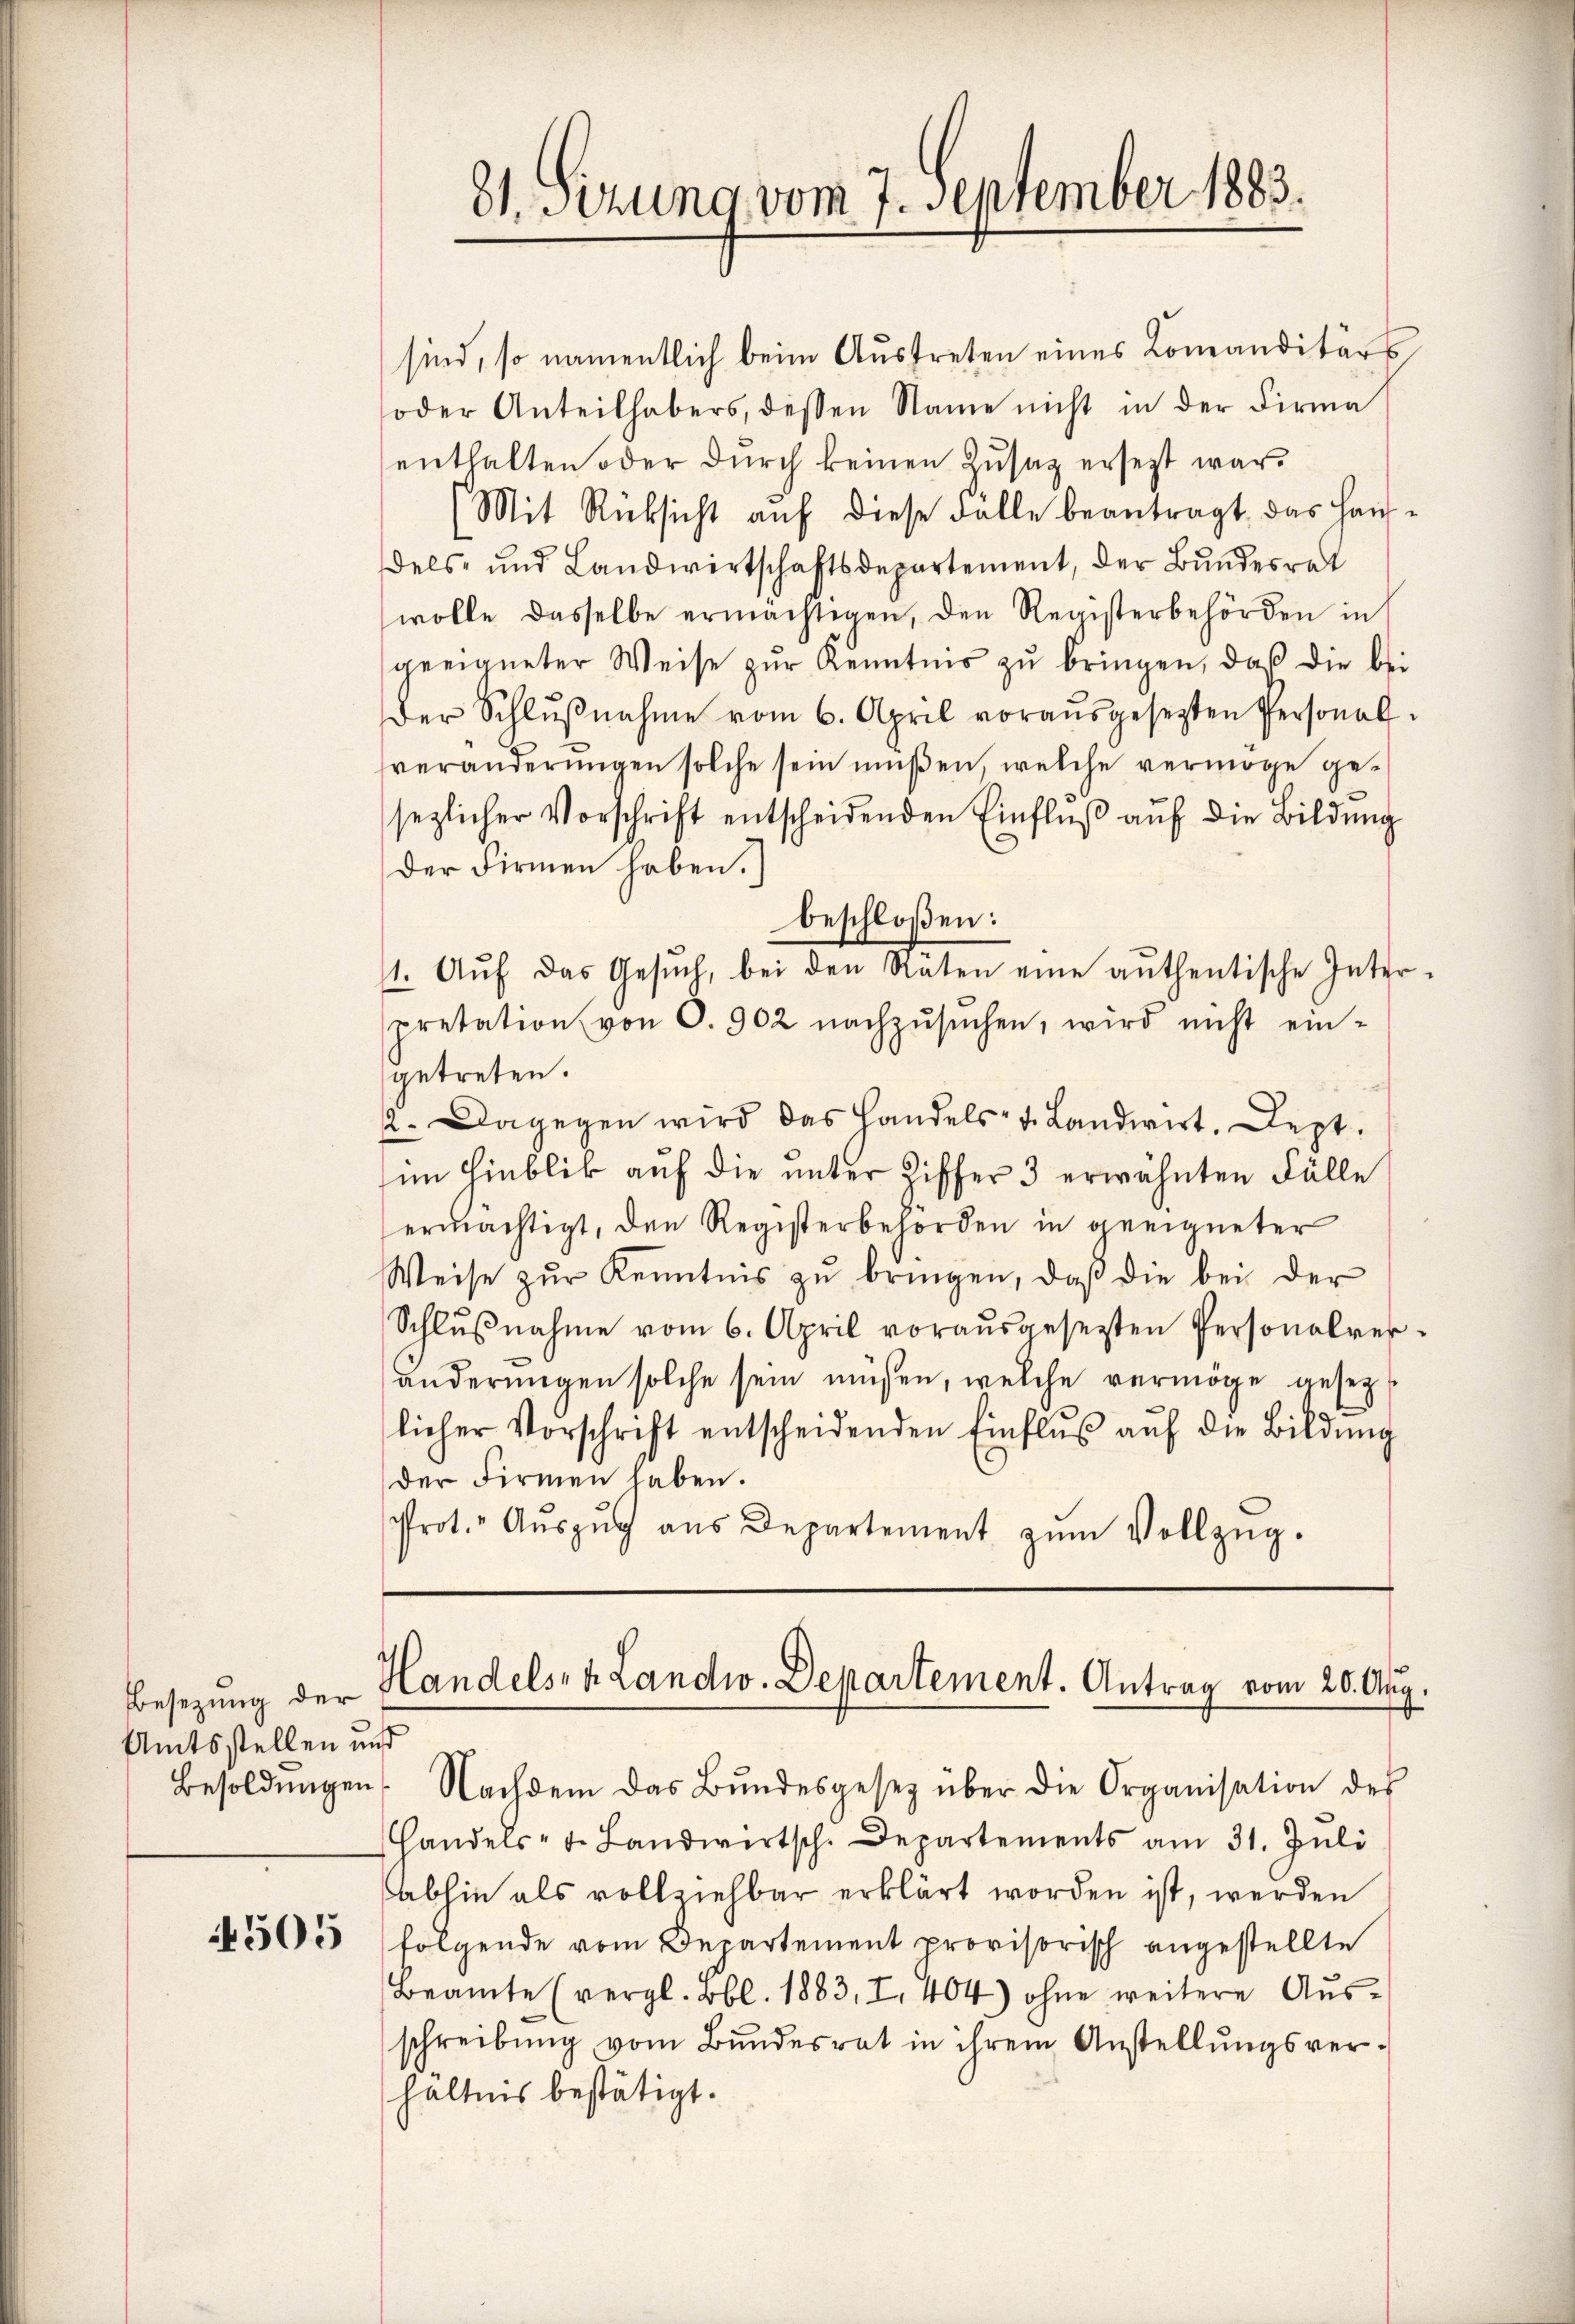
Besezung der
Amtsstellen und

4505

sind, so namentlich beim Austreten eines Komanditärs
oder Anteilhabers, dessen Name nicht in der Firma
enthalten oder durch keinen Zusatz ersezt war.
Mit Rücksicht auf diese Fälle beantragt, das Hausdels- und Landwirtschaftsdepartement, der Bundesrat
wolle dasselbe ermächtigen, den Registerbehörden in
geeigneter Weise zŭr Kenntnis zŭ bringen, daß die bei
Der Schlŭβnahme vom 6. April voraŭsgesetzten Personal-
veränderŭngen solche sein müßen, welche vermöge ge-
sezlicher Vorschrift entscheidenden Einflŭβ aŭf die Bildung
Der Firmen haben.
beschloßen:
11. Aŭf das Gesŭch, bei den Raten eine authentische Inter-
pretation von O. 902 nachzŭsŭchen, wird nicht ein-
getreten.
2. Dagegen wird das Handels- u. Landwirt, Lept.
im Hinblick auf die unter Ziffer 3 erwähnten Fälle
ermächtigt, den Registerbehörden in geeigneter
Weise zŭr Kenntnis zŭ bringen, daβ die bei der
Schlŭβnahme vom 6. April vorausgesezten Personalveränderungen solche sein müssen, welche vermöge gesezt
licher Vorschrift entscheidenden Einflŭβ aŭf die Bildŭng
der Firmen haben.
Prot. Aŭszŭg aŭs Departement zŭm Vollzŭg.

81. Sizung vom 7. September 1883.

Handels- u Landw. Departement. Antrag vom 20. Aug.

Besoldŭngen. Nachdem das Bŭndesgesetz über die Organisation des
Handels- u. Landwirtsch. Departements am 31. Juli
abhin als vollziehbar erklärt worden ist, werden
folgende vom Departement provisorisch angestellte
Beamte (vergl. Bbl. 1883, I. 404) ohne weitere Aŭs-
schreibŭng vom Bŭndesrat in ihrem Anstellŭngsver-
hältnis bestätigt.